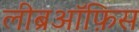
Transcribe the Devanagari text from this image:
लीब्रऑफ़िस